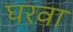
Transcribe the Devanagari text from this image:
घरवा